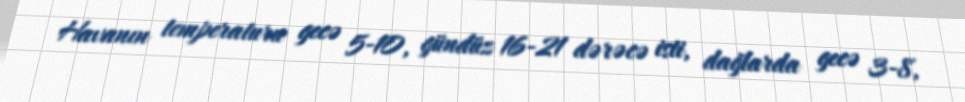
Havanın temperaturu gecə 5-10, gündüz 16-21 dərəcə isti, dağlarda gecə 3-8,